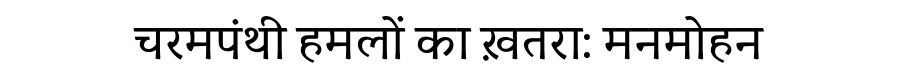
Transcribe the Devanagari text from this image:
चरमपंथी हमलों का ख़तरा: मनमोहन